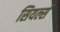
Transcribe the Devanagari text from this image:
सियर्ल्स